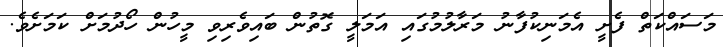
މަސައްކަތް ފެށީ އެމަނިކުފާނު މަރާލުމުގައި އަމަލީ ގޮތުން ބައިވެރިވި މީހުން ހޯދުމަށް ކަމަށެވެ.